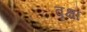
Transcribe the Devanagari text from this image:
वृक्षॉ